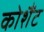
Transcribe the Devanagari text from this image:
कोशैंट